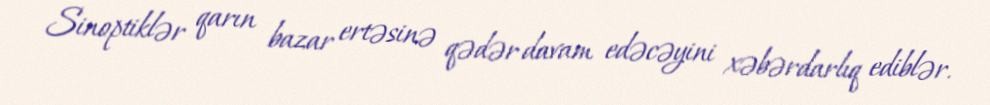
Sinoptiklər qarın bazar ertəsinə qədər davam edəcəyini xəbərdarlıq ediblər.